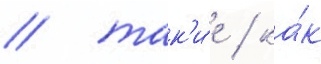
/ так'и́е / ка́к